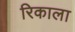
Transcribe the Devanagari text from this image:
रिकाला